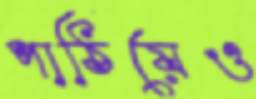
পাঠিয়েও